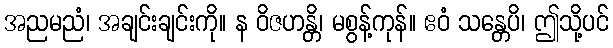
အညမညံ၊ အချင်းချင်းကို။ န ဝိဇဟန္တိ၊ မစွန့်ကုန်။ ဧဝံ သန္တေပိ၊ ဤသို့ပင်